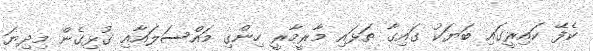
ކެފޭ ކައިރީގައި ބަޔަކު ގައިގާ ތަޅައި މާރީމާރީ ހިންގި މައްސަލައާއި ގުޅިގެން މިދިޔަ